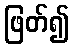
ဖြတ်၍